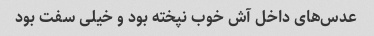
عدس‌های داخل آش خوب نپخته بود و خیلی سفت بود